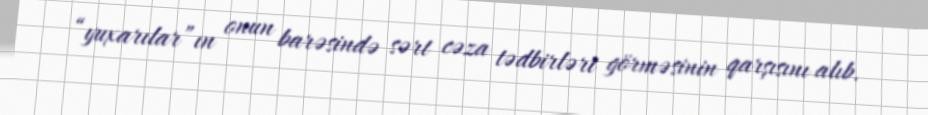
“yuxarılar”ın onun barəsində sərt cəza tədbirləri görməsinin qarşısını alıb.